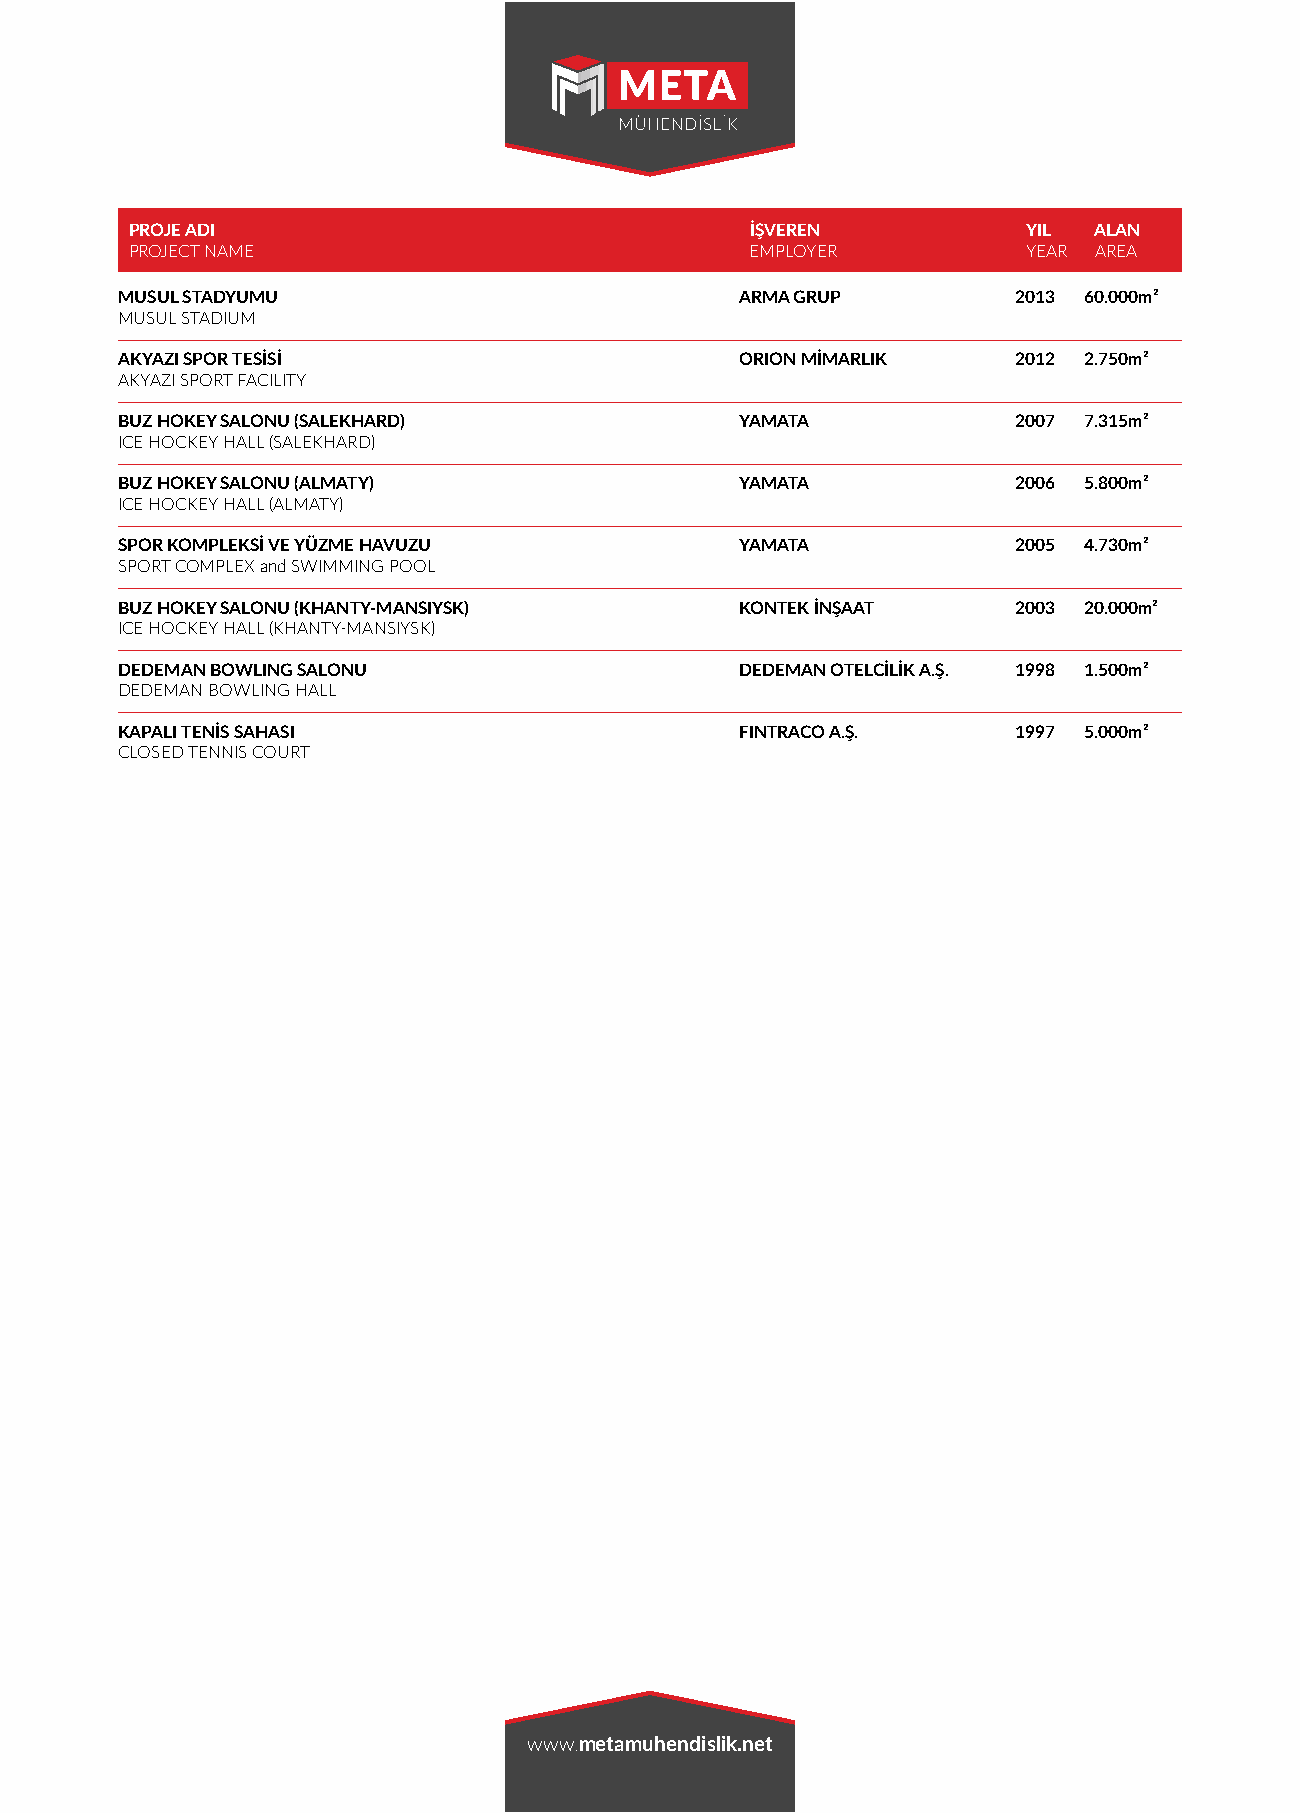
PROJE ADI                                İŞVEREN           YIL ALAN
 PROJECT NAME                             EMPLOYER          YEAR AREA
 MUSUL STADYUMU                           ARMA GRUP         2013 60.000m²
 MUSUL STADIUM
 AKYAZI SPOR TESİSİ                       ORION MİMARLIK    2012 2.750m²
 AKYAZI SPORT FACILITY
 BUZ HOKEY SALONU (SALEKHARD)             YAMATA            2007 7.315m²
 ICE HOCKEY HALL (SALEKHARD)
 BUZ HOKEY SALONU (ALMATY)                YAMATA            2006 5.800m²
 ICE HOCKEY HALL (ALMATY)
 SPOR KOMPLEKSİ VE YÜZME HAVUZU           YAMATA            2005 4.730m²
 SPORT COMPLEX and SWIMMING POOL
 BUZ HOKEY SALONU (KHANTY-MANSIYSK)       KONTEK İNŞAAT     2003 20.000m²
 ICE HOCKEY HALL (KHANTY-MANSIYSK)
 DEDEMAN BOWLING SALONU                   DEDEMAN OTELCİLİK A.Ş. 1998 1.500m²
 DEDEMAN BOWLING HALL
 KAPALI TENİS SAHASI                      FINTRACO A.Ş.     1997 5.000m²
 CLOSED TENNIS COURT
 www.metamuhendislik.net